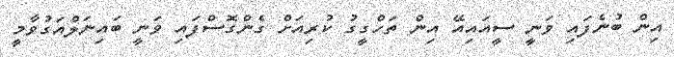
އިން ބުނެފައި ވަނީ ސީއައިއޭ އިން ތަހްގީގު ކުރިއަށް ގެންގޮސްފައި ވަނީ ބައިނަލްއަގުވާމީ